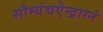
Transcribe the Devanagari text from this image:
सौम्यंचऐन्द्राग्नं